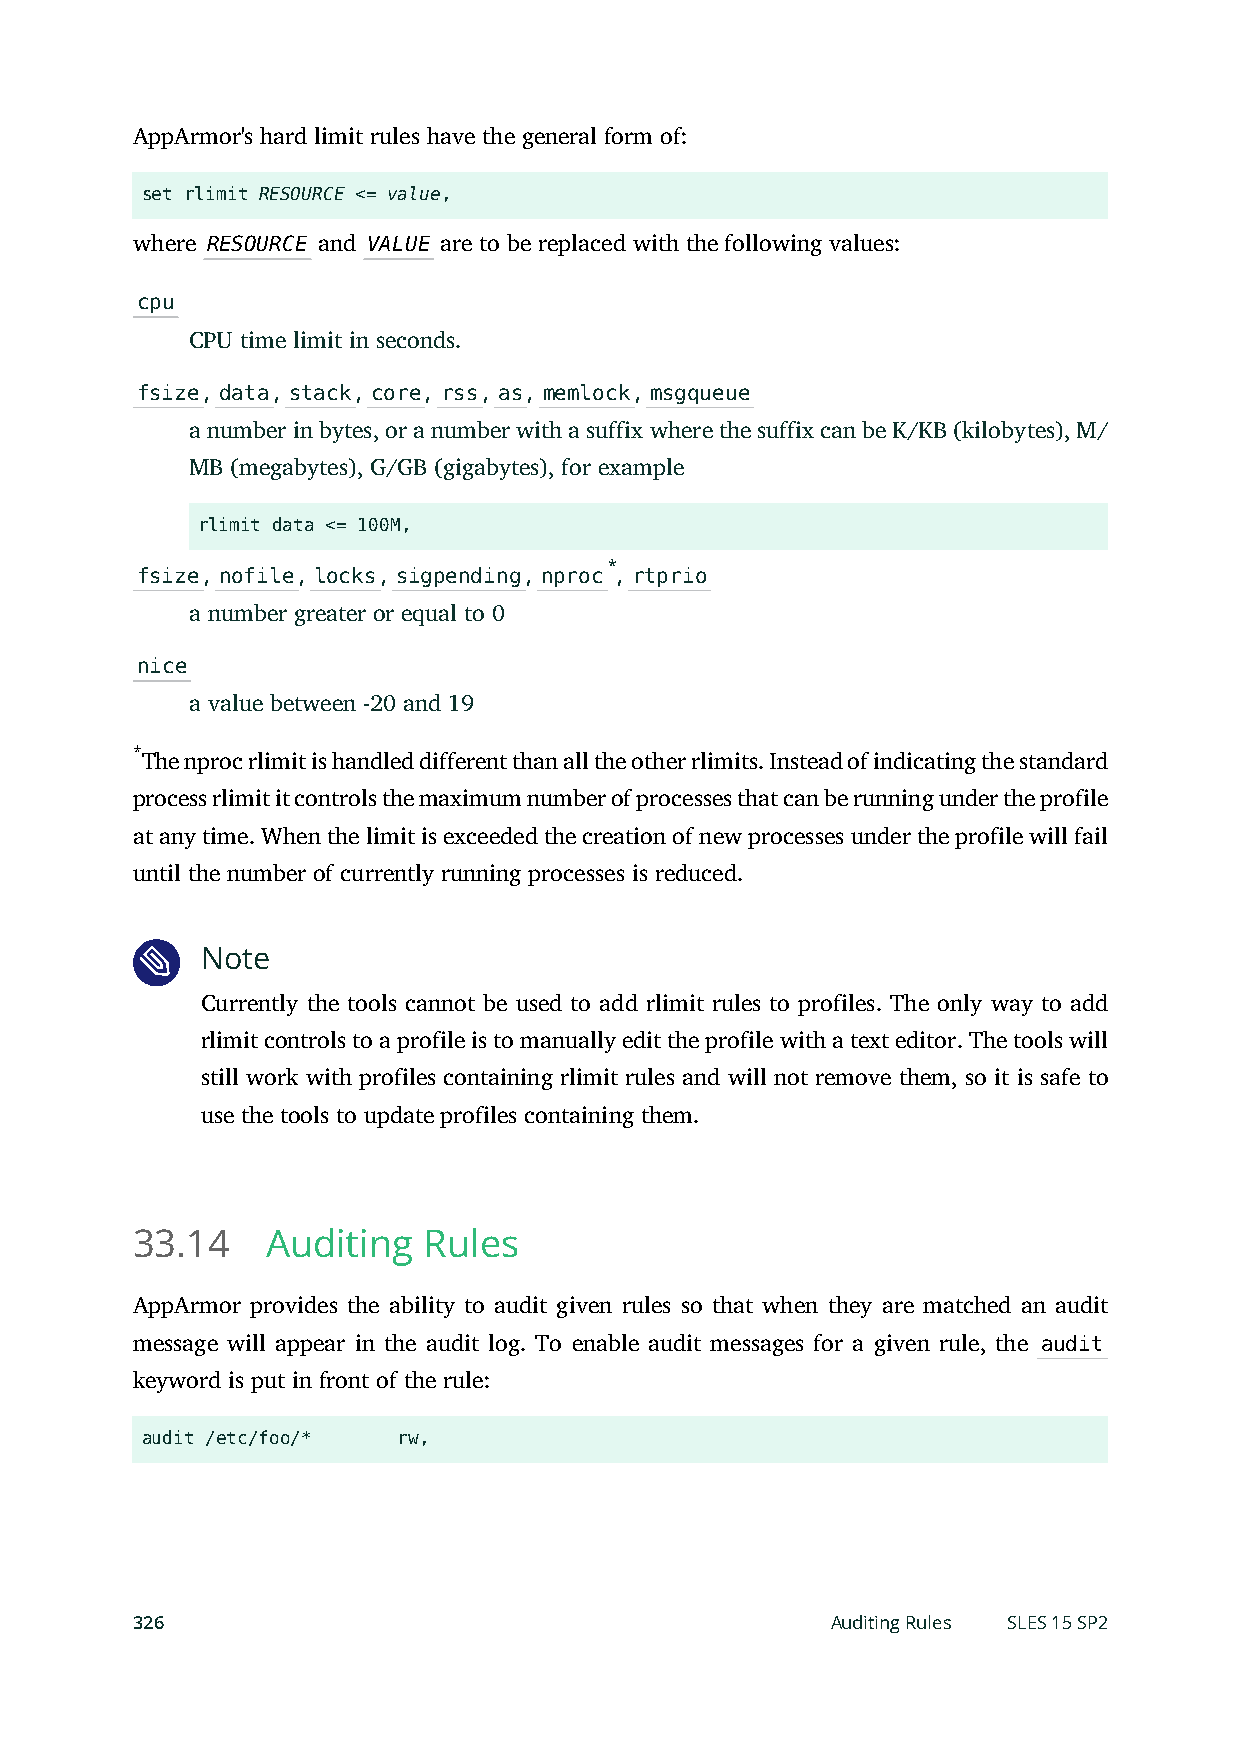
AppArmor's hard limit rules have the general form of:
 set rlimit RESOURCE <= value,
 where RESOURCE and VALUE are to be replaced with the following values:
 cpu
 CPU time limit in seconds.
 fsize, data, stack, core, rss, as, memlock, msgqueue
 a number in bytes, or a number with a suffix where the suffix can be K/KB (kilobytes), M/
 MB (megabytes), G/GB (gigabytes), for example
 rlimit data <= 100M,
 *
 fsize, nofile, locks, sigpending, nproc , rtprio
 a number greater or equal to 0
 nice
 a value between -20 and 19
 *
 The nproc rlimit is handled different than all the other rlimits. Instead of indicating the standard
 process rlimit it controls the maximum number of processes that can be running under the profile
 at any time. When the limit is exceeded the creation of new processes under the profile will fail
 until the number of currently running processes is reduced.
 Note
 Currently the tools cannot be used to add rlimit rules to profiles. The only way to add
 rlimit controls to a profile is to manually edit the profile with a text editor. The tools will
 still work with profiles containing rlimit rules and will not remove them, so it is safe to
 use the tools to update profiles containing them.
 33.14    Auditing  Rules
 AppArmor provides the ability to audit given rules so that when they are matched an audit
 message will appear in the audit log. To enable audit messages for a given rule, the audit
 keyword is put in front of the rule:
 audit /etc/foo/* rw,
 326                                           Auditing Rules SLES 15 SP2